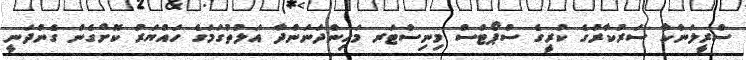
ސްރީލަންކާ ސަރުކާރުގެ ކުރީގެ ސްޕޯޓްސް މިނިސްޓަރ މަހިންދަނަންދާ އަލުތުގަމަގެ ހައްޔަރު ކޮށްގެން ގެންދަނީ